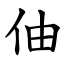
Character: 伷